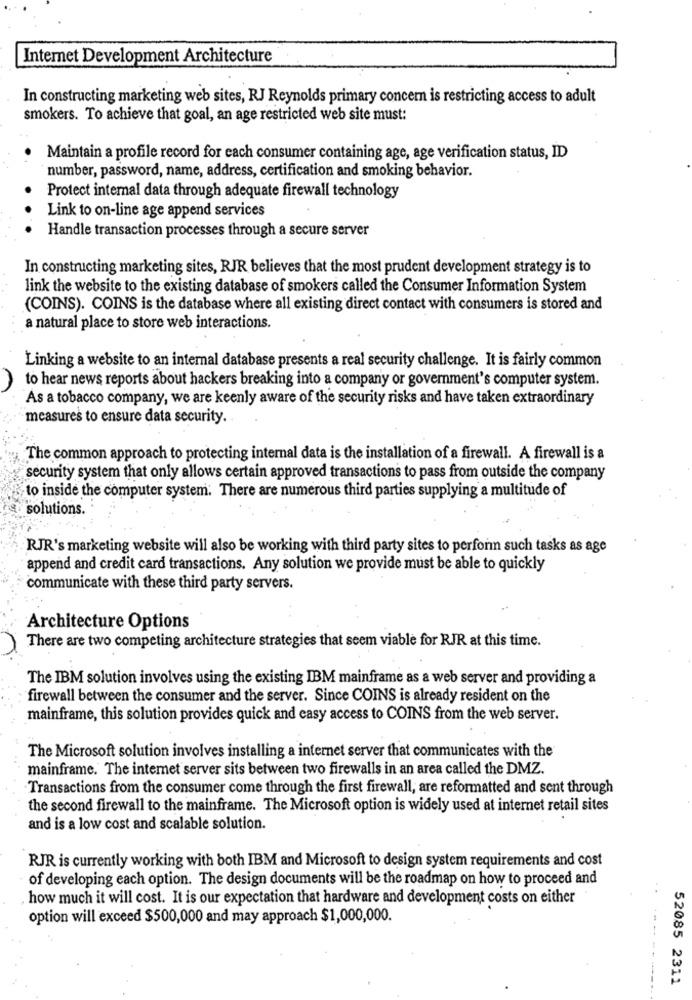
Internet Development Architecture
In constructing marketing web sites, RJ Reynolds primary concern is restricting access to adult
smokers. To achieve that goal, an age restricted web site must:
Maintain a profile record for each consumer containing age, age verification status, ID
number, password, name, address, certification and smoking behavior.
Protect internal data through adequate firewall technology
Link to on-line age append services
Handle transaction processes through a secure server
In constructing marketing sites, RJR believes that the most prudent development strategy is to
link the website to the existing database of smokers called the Consumer Information System
(COINS). COINS is the database where all existing direct contact with consumers is stored and
a natural place to store web interactions.
Linking a website to an internal database presents a real security challenge. It is fairly common
to hear news reports about hackers breaking into a company or government's computer system.
As a tobacco company, we are keenly aware of the security risks and have taken extraordinary
measures to ensure data security.
The common approach to protecting internal data is the installation of a firewall. A firewall is a
security system that only allows certain approved transactions to pass from outside the company
to inside the computer system. There are numerous third parties supplying a multitude of
solutions.
RJR's marketing website will also be working with third party sites to perfonn such tasks as age
append and credit card transactions. Any solution we provide must be able to quickly
communicate with these third party servers.
Architecture Options
There are two competing architecture strategies that seem viable for RJR at this time.
The IBM solution involves using the existing IBM mainframe as a web server and providing a
firewall between the consumer and the server. Since COINS is already resident on the
mainframe, this solution provides quick and easy access to COINS from the web server.
The Microsoft solution involves installing a internet server that communicates with the
mainframe. The internet server sits between two firewalls in an area called the DMZ.
Transactions from the consumer come through the first firewall, are reformatted and sent through
the second firewall to the mainframe. The Microsoft option is widely used at internet retail sites
and is a low cost and scalable solution.
RJR is currently working with both IBM and Microsoft to design system requirements and cost
of developing each option. The design documents will be the roadmap on how to proceed and
how much it will cost. It is our expectation that hardware and development costs on either
option will exceed $500,000 and may approach $1,000,000.
52085 2311